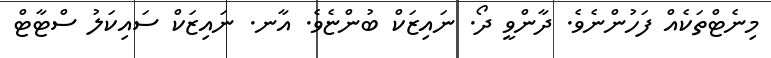
މިނެޓްތަކެއް ފަހުންނެވެ. ދާންވީ ދޯ. ނައިޒަކް ބުންޏެވެ. އާނ. ނައިޒަކް ސައިކަލު ސްޓާޓް